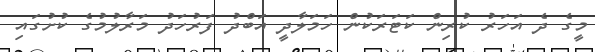
މީގެ ދެ އަހަރު ކުރިން ކަޓަރަކުން ހަމަލާދީ އަބްދު ފަރުހަދު މަރާލުމުގެ ކުށުގައި